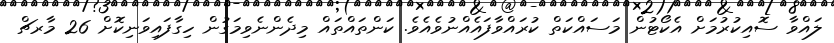
ލައްވާ ސޮއިކުރުމަށް އެކޯޓުން މަސައްކަތް ކުރައްވާފައެއްނުވެއެވެ. ކަންތައްތައް މިދެންނެވިމަގުން ހިގާފައިވަނިކޮށް 26 މާރޗް